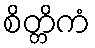
စိတ္တိကံ